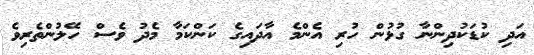
އަދި ކުޑަކުދިންނާ ގުޅުން ހުރި އެންމެ އާދައިގެ ކަންކަމާ މެދު ވެސް ހޭލުންތެރިވެ